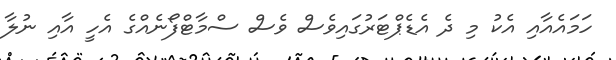
ހަމައެއާއި އެކު މި ދެ އެޑެޕްޓަރުގައިވެސް ވެސް ސްމާޓްފޯނެއްގެ އެހީ އާއި ނުލާ